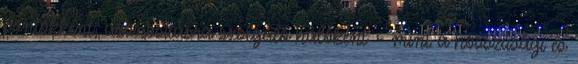
pontokként, azonosításra szolgáló hálóként – mint a hosszúsági és